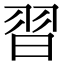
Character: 習